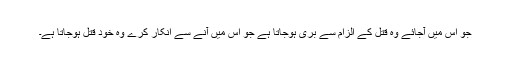
جو اس میں آجائے وہ قتل کے الزام سے بری ہوجاتا ہے جو اس میں آنے سے انکار کرے وہ خود قتل ہوجاتا ہے۔